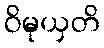
ဝိမုယှတိ